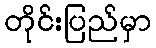
တိုင်းပြည်မှာ